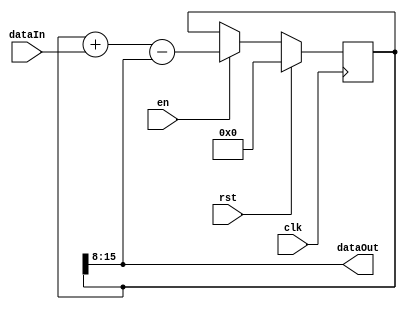
module SmallLpf #(
    parameter WIDTH     = 8, ///< Width of data path
    parameter FILT_BITS = 8  ///< Number of additional bits used by filter
)
(
    input  clk,                       ///< System clock
    input  rst,                       ///< Reset, active high and synchronous
    input  en,                        ///< Filter enable
    input  signed [WIDTH-1:0] dataIn, ///< Filter input
    output signed [WIDTH-1:0] dataOut ///< Filter output
);

reg signed [WIDTH+FILT_BITS-1:0] filter;

assign dataOut = filter[WIDTH+FILT_BITS-1:FILT_BITS];

always @(posedge clk) begin
    if (rst) begin
        filter <= 'd0;
    end
    else if (en) begin
        filter <= filter + dataIn - dataOut;
    end
end

endmodule